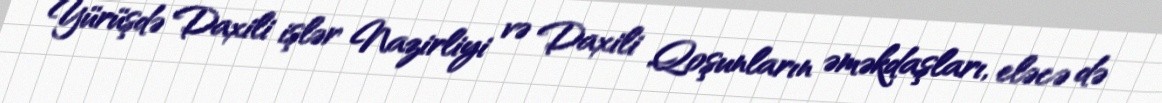
Yürüşdə Daxili işlər Nazirliyi və Daxili Qoşunların əməkdaşları, eləcə də